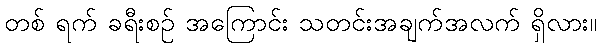
တစ် ရက် ခရီးစဉ် အကြောင်း သတင်းအချက်အလက် ရှိလား။